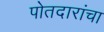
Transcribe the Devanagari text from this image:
पोतदारांचा